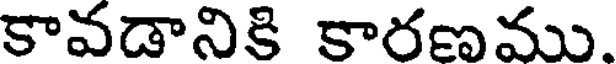
కావడానికి కారణము.